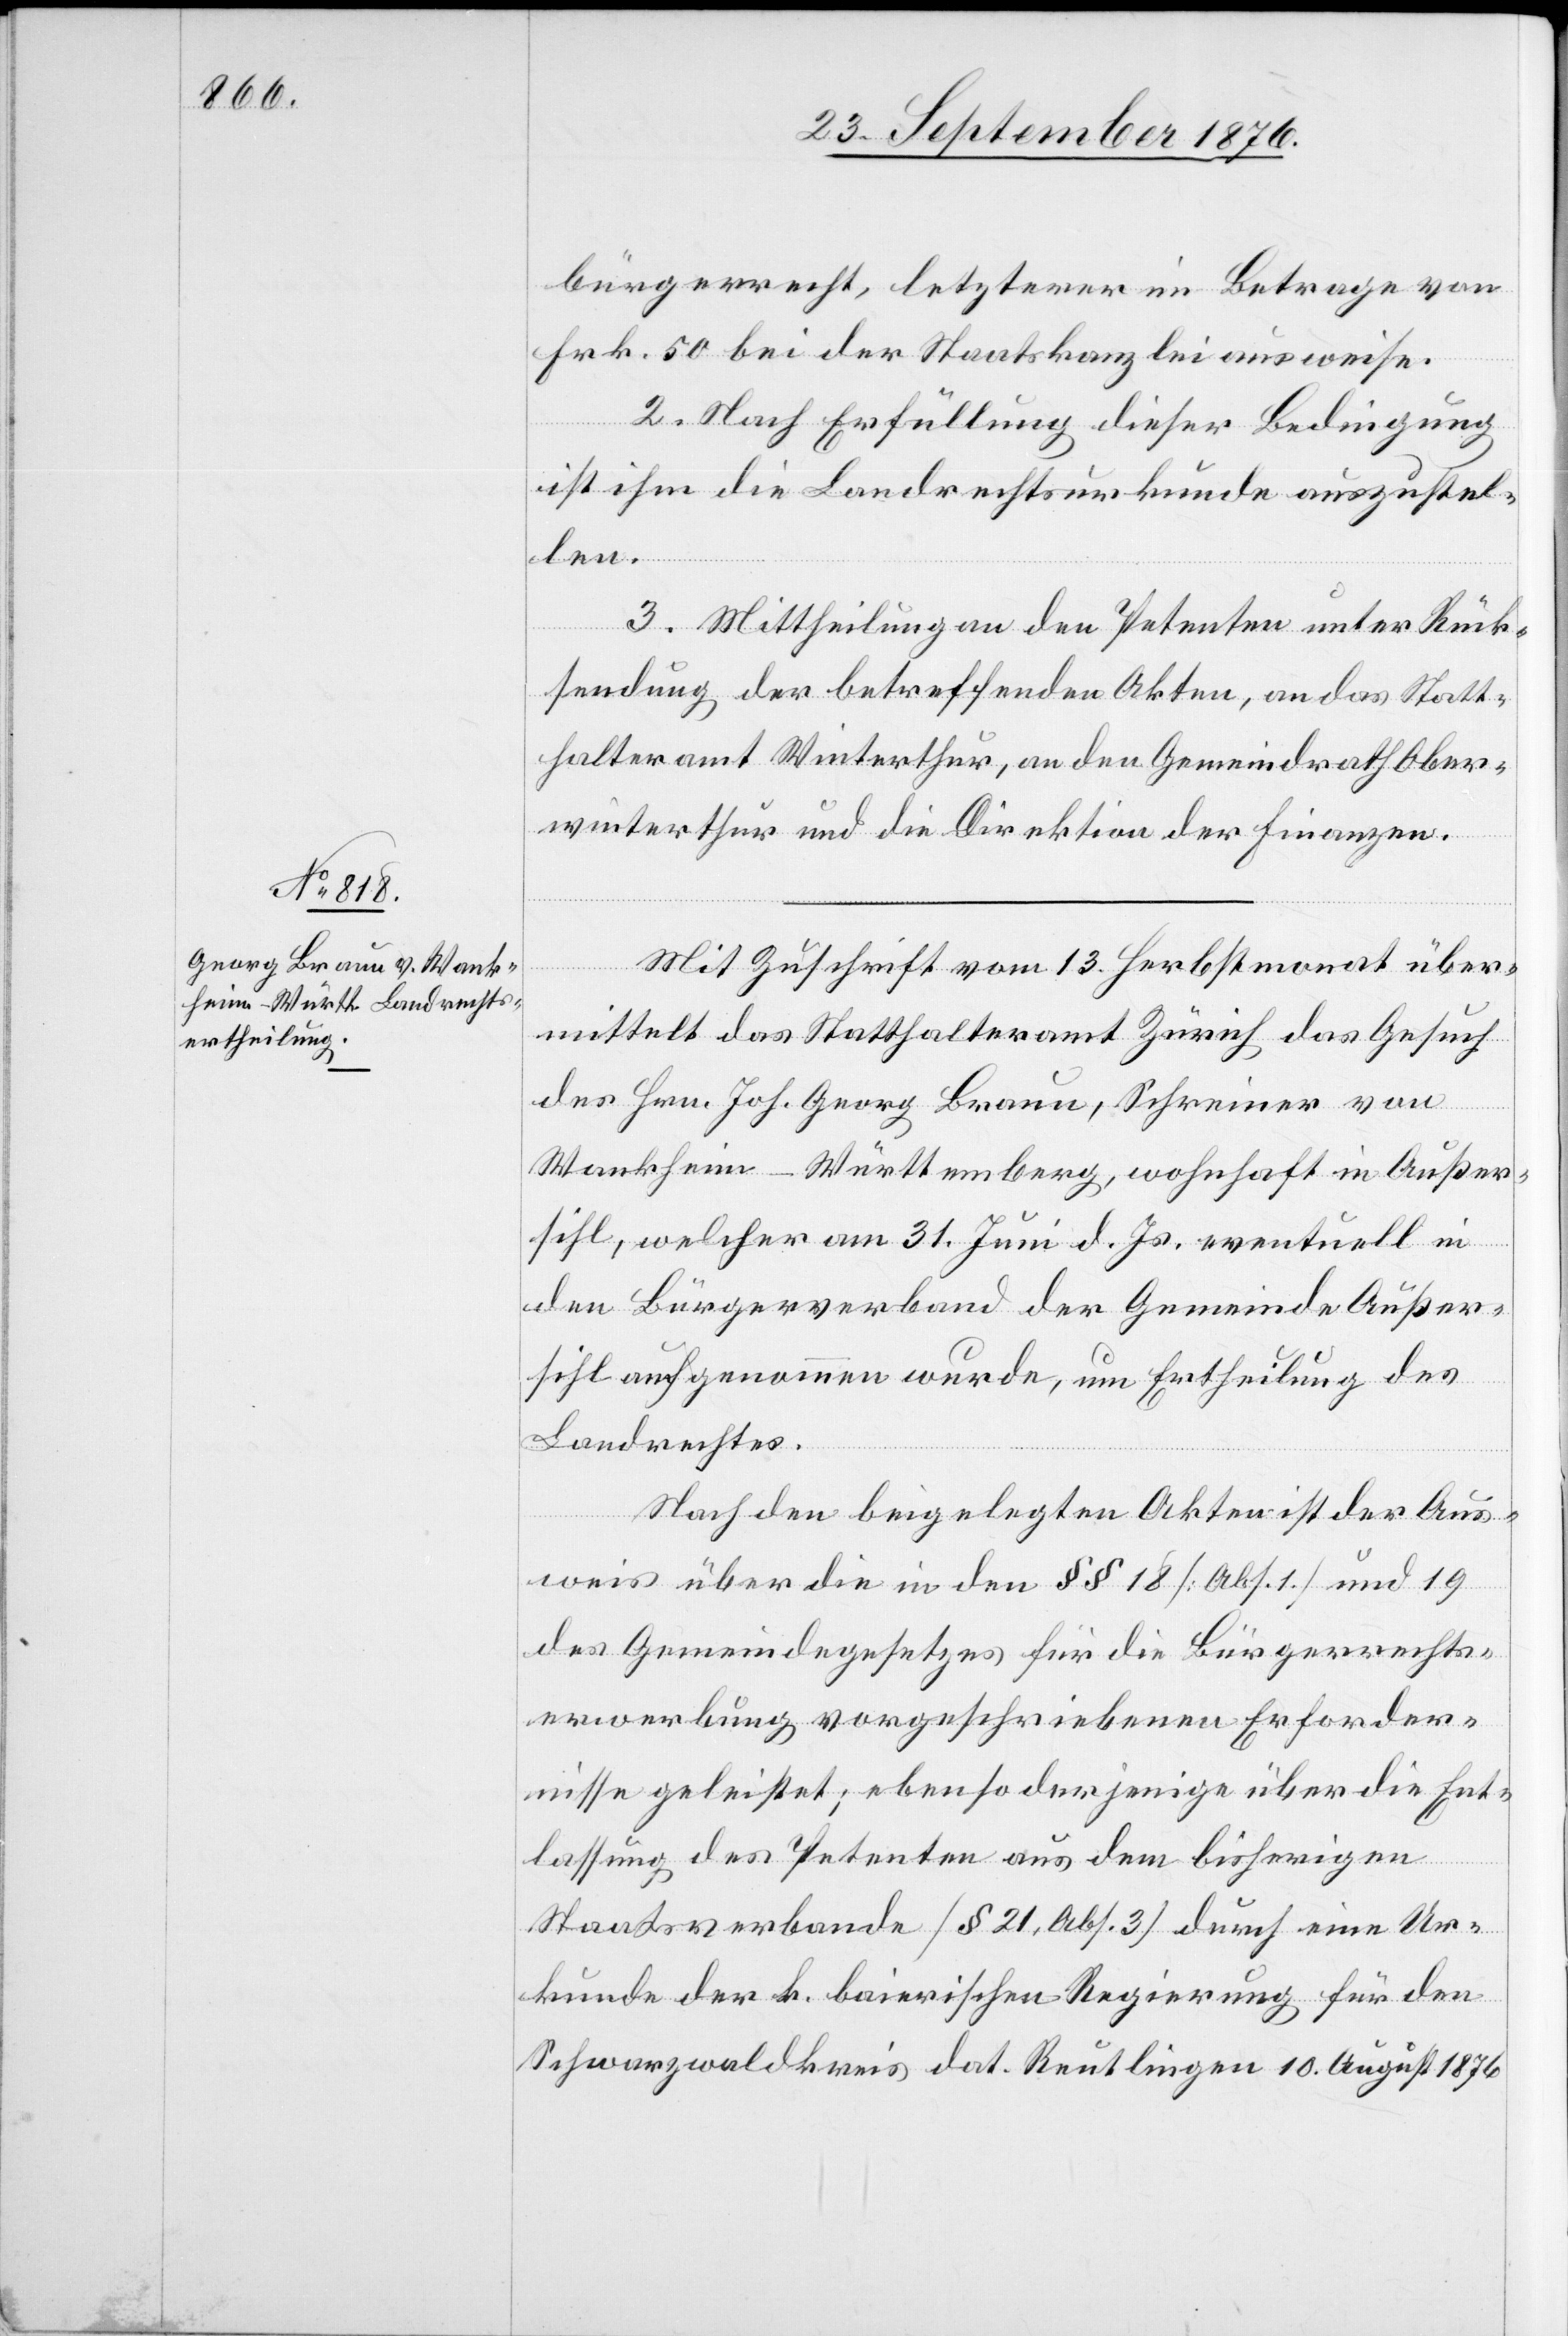
bürgerrecht, letzterer im Betrage von
Frk. 50 bei der Staatskanzlei ausweise.
2. Nach Erfüllung dieser Bedingung
ist ihm die Landrechtsurkunde auszustel¬
len.
3. Mittheilung an den Petenten unter Rück¬
sendung der betreffenden Akten, an das Statt¬
halteramt Winterthur, an den Gemeindrath Ober¬
winterthur und die Direktion der Finanzen.
Mit Zuschrift vom 13. Herbstmonat über¬
mittelt das Statthalteramt Zürich das Gesuch
des Hrn. Joh. Georg Braun, Schreiner von
Wankheim - Württemberg, wohnhaft in Außer¬
sihl, welcher am 31. Juni d. Js. eventuell in
den Bürgerverband der Gemeinde Außer¬
sihl aufgenommen wurde, um Ertheilung des
Landrechtes.
Nach den beigelegten Akten ist der Aus¬
weis über die in den §§ 18 [Abs. 1] und 19
des Gemeindegesetzes für die Bürgerrechts¬
erwerbung vorgeschriebenen Erforder¬
nisse geleistet; ebenso derjenige über die Ent¬
lassung des Petenten aus dem bisherigen
Staatsverbande [§ 21, Abs. 3] durch eine Ur¬
kunde der k. bairischen Regierung für den
Schwarzwaldkreis dat. Reutlingen 10. August 1876[.]